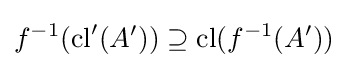
f^{-1}(\mathrm {cl} '(A'))\supseteq \mathrm {cl} (f^{-1}(A'))